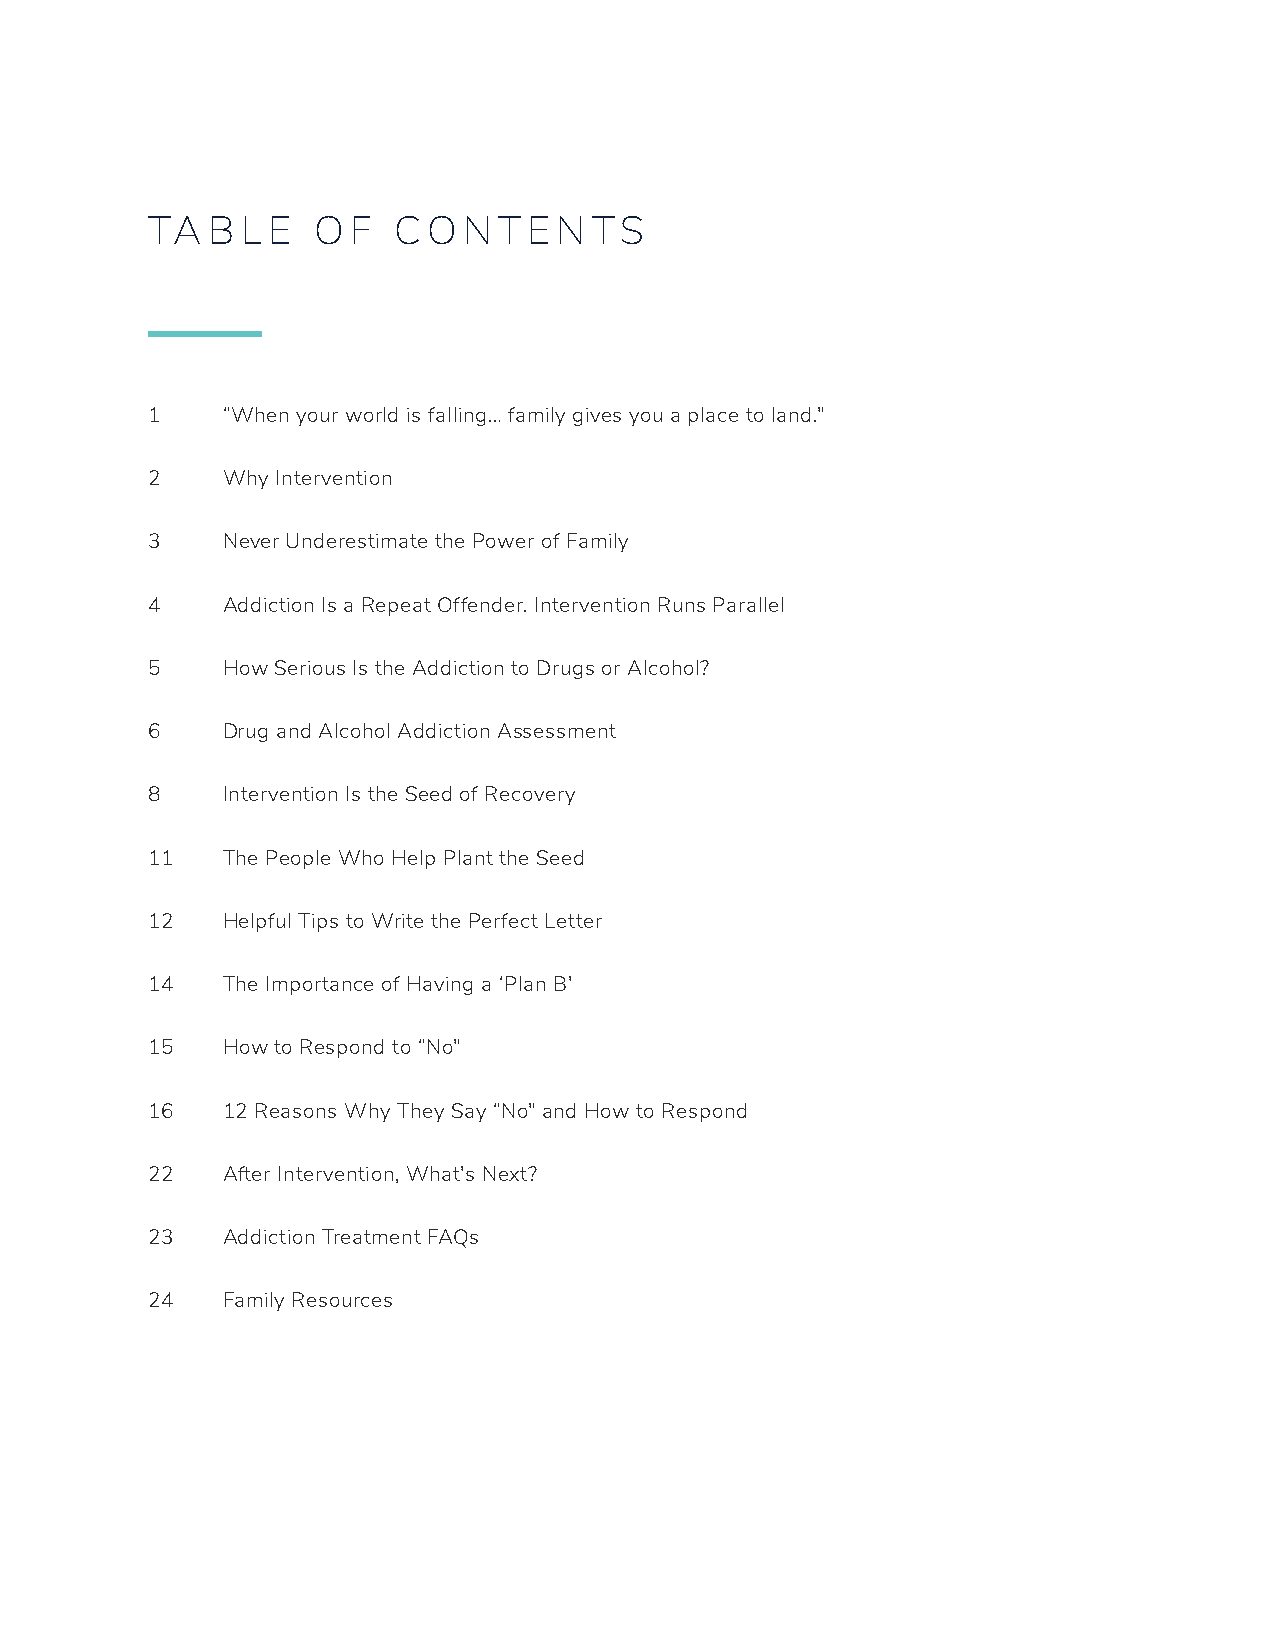
TA  B L E  O F  CO   N T E N TS
 1    “When your world is falling… family gives you a place to land.”
 2    Why Intervention
 3    Never Underestimate the Power of Family
 4    Addiction Is a Repeat Offender. Intervention Runs Parallel
 5    How Serious Is the Addiction to Drugs or Alcohol?
 6    Drug and Alcohol Addiction Assessment
 8    Intervention Is the Seed of Recovery
 11   The People Who Help Plant the Seed
 12   Helpful Tips to Write the Perfect Letter
 14   The Importance of Having a ‘Plan B’
 15   How to Respond to “No”
 16   12 Reasons Why They Say “No” and How to Respond
 22   After Intervention, What’s Next?
 23   Addiction Treatment FAQs
 24   Family Resources